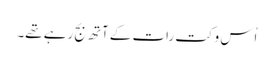
اُس وکت رات کے آتھ بج رہے تھے۔